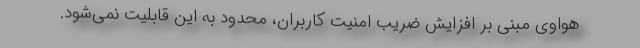
هواوی مبنی بر افزایش ضریب امنیت کاربران، محدود به این قابلیت نمی‌شود.